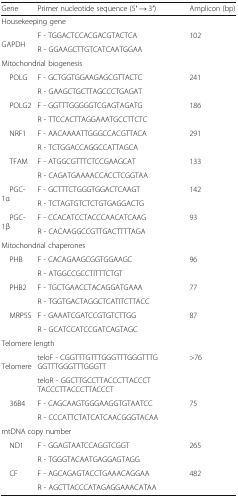
<table><thead><tr><td><b>Gene</b></td><td><b>Primer nucleotide sequence (5′ → 3′)</b></td><td><b>Amplicon (bp)</b></td></tr></thead><tbody><tr><td colspan="3">Housekeeping gene</td></tr><tr><td rowspan="2"> GAPDH</td><td>F - TGGACTCCACGACGTACTCA</td><td rowspan="2">102</td></tr><tr><td>R - GGAAGCTTGTCATCAATGGAA</td></tr><tr><td colspan="3">Mitochondrial biogenesis</td></tr><tr><td rowspan="2"> POLG</td><td>F - GCTGGTGGAAGAGCGTTACTC</td><td rowspan="2">241</td></tr><tr><td>R - GAAGCTGCTTAGCCCTGAGAT</td></tr><tr><td rowspan="2"> POLG2</td><td>F - GGTTTGGGGGTCGAGTAGATG</td><td rowspan="2">186</td></tr><tr><td>R - TTCCACTTAGGAAATGCCTTCTC</td></tr><tr><td rowspan="2"> NRF1</td><td>F - AACAAAATTGGGCCACGTTACA</td><td rowspan="2">291</td></tr><tr><td>R - TCTGGACCAGGCCATTAGCA</td></tr><tr><td rowspan="2"> TFAM</td><td>F - ATGGCGTTTCTCCGAAGCAT</td><td rowspan="2">133</td></tr><tr><td>R - CAGATGAAAACCACCTCGGTAA</td></tr><tr><td rowspan="2"> PGC-1α</td><td>F - GCTTTCTGGGTGGACTCAAGT</td><td rowspan="2">142</td></tr><tr><td>R - TCTAGTGTCTCTGTGAGGACTG</td></tr><tr><td rowspan="2"> PGC-1β</td><td>F - CCACATCCTACCCAACATCAAG</td><td rowspan="2">93</td></tr><tr><td>R - CACAAGGCCGTTGACTTTTAGA</td></tr><tr><td colspan="3">Mitochondrial chaperones</td></tr><tr><td rowspan="2"> PHB</td><td>F - CACAGAAGCGGTGGAAGC</td><td rowspan="2">96</td></tr><tr><td>R - ATGGCCGCCTITTTCTGT</td></tr><tr><td rowspan="2"> PHB2</td><td>F - TGCTGAACCTACAGGATGAAA</td><td rowspan="2">77</td></tr><tr><td>R - TGGTGACTAGGCTCATITCTTACC</td></tr><tr><td rowspan="2"> MRP5S</td><td>F - GAAATCGATCCGTGTCTTGG</td><td rowspan="2">87</td></tr><tr><td>R - GCATCCATCCGATCAGTAGC</td></tr><tr><td colspan="3">Telomere length</td></tr><tr><td rowspan="2"> Telomere</td><td>teloF - CGGTTTGTTTGGGTTTGGGTTTGGGTTTGGGTTTGGGTT</td><td rowspan="2">&gt;76</td></tr><tr><td>teloR - GGCTTGCCTTACCCTTACCCTTACCCTTACCCTTACCCT</td></tr><tr><td rowspan="2"> 36B4</td><td>F - CAGCAAGTGGGAAGGTGTAATCC</td><td rowspan="2">75</td></tr><tr><td>R - CCCATTCTATCATCAACGGGTACAA</td></tr><tr><td colspan="3">mtDNA copy number</td></tr><tr><td rowspan="2"> ND1</td><td>F - GGAGTAATCCAGGTCGGT</td><td rowspan="2">265</td></tr><tr><td>R - TGGGTACAATGAGGAGTAGG</td></tr><tr><td rowspan="2"> CF</td><td>F - AGCAGAGTACCTGAAACAGGAA</td><td rowspan="2">482</td></tr><tr><td>R - AGCTTACCCATAGAGGAAACATAA</td></tr></tbody></table>